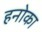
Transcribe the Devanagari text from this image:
हनोका